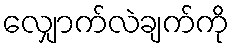
လျှောက်လဲချက်ကို